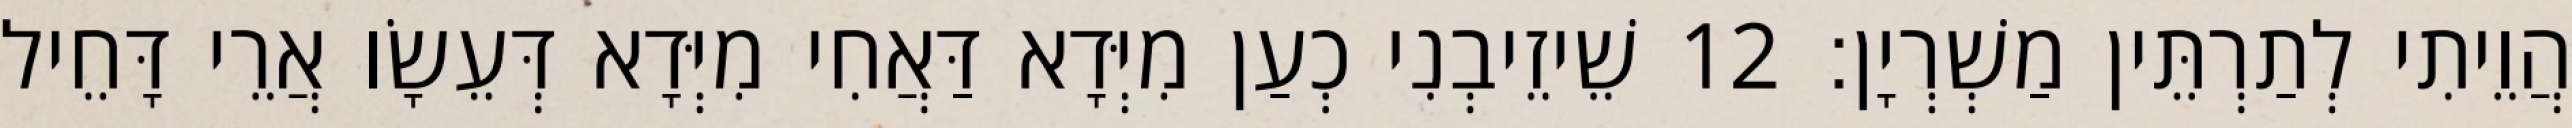
הֲוֵיתִי לְתַרְתֵּין מַשְׁרְיָן׃ 12 שֵׁיזֵיבְנִי כְעַן מִיְּדָא דַּאֲחִי מִיְּדָא דְּעֵשָׂו אֲרֵי דָּחֵיל